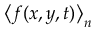
\left\langle f ( x , y , t ) \right\rangle _ { n }